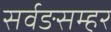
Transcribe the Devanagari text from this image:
सर्वङसम्हर